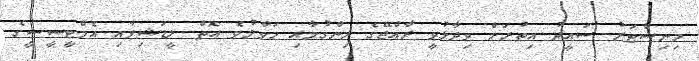
މިނިސްޓަރު ސައީދު އިތުރަށް ވިދާޅުވީ ރާއްޖޭގެ ހިންގުމާއި ހަވާލުވެ އޮތް ލީޑަޝިޕާއި އެމްޓީސީސީގެ